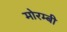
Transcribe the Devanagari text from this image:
मोरम्बी